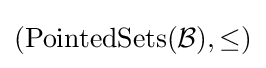
(\operatorname {PointedSets} ({\mathcal {B}}),\leq )